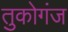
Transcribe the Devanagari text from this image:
तुकोगंज